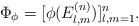
\begin{align*} \Phi_\phi =[\phi(E_{l,m}^{(n)})]_{l,m=1}^n.\end{align*}